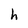
Character: h